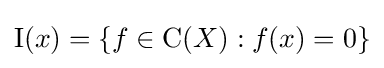
\operatorname {I} (x)=\{f\in \operatorname {C} (X):f(x)=0\}